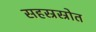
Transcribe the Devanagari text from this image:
सहस्रस्रोत